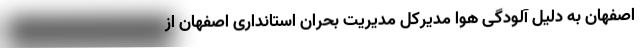
اصفهان به دلیل آلودگی هوا مدیرکل مدیریت بحران استانداری اصفهان از